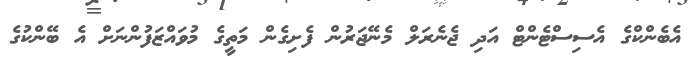
އެބެންކްގެ އެސިސްޓެންޓް އަދި ޖެނެރަލް މެނޭޖަރުން ފެށިގެން މަތީގެ މުވައްޒަފުންނަށް އެ ބޭންކުގެ